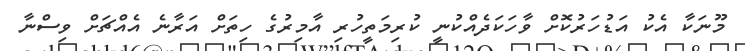
މޫނަކާ އެކު އަޑުހަރުކޮށް ވާހަކަދެއްކުނީ ކުރިމަތީހުރި އާމިރުގެ ހިތަށް އަރާނެ އެއްޗަށް ވިސްނާ